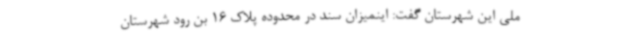
ملی این شهرستان گفت: اینمیزان سند در محدوده پلاک 16 بن رود شهرستان